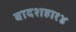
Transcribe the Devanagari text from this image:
बादशहा१४